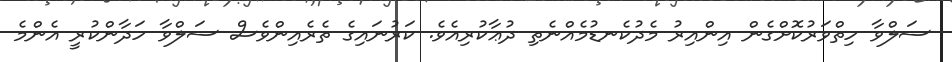
ސަލްވާ ހިތްވަރުކޮށްގެން އިންއިރު މެދުކެނޑުމެއްނެތި ދުޢާކުރިއެވެ. ކަރުނައިގެ ތެރެއިންވެސް ސަލްވާ ހަދާންކުރީ އެންމެ